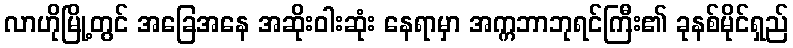
လာဟိုမြို့တွင် အခြေအနေ အဆိုးဝါးဆုံး နေရာမှာ အက္ကဘာဘုရင်ကြီး၏ ခုနစ်မိုင်ရှည်